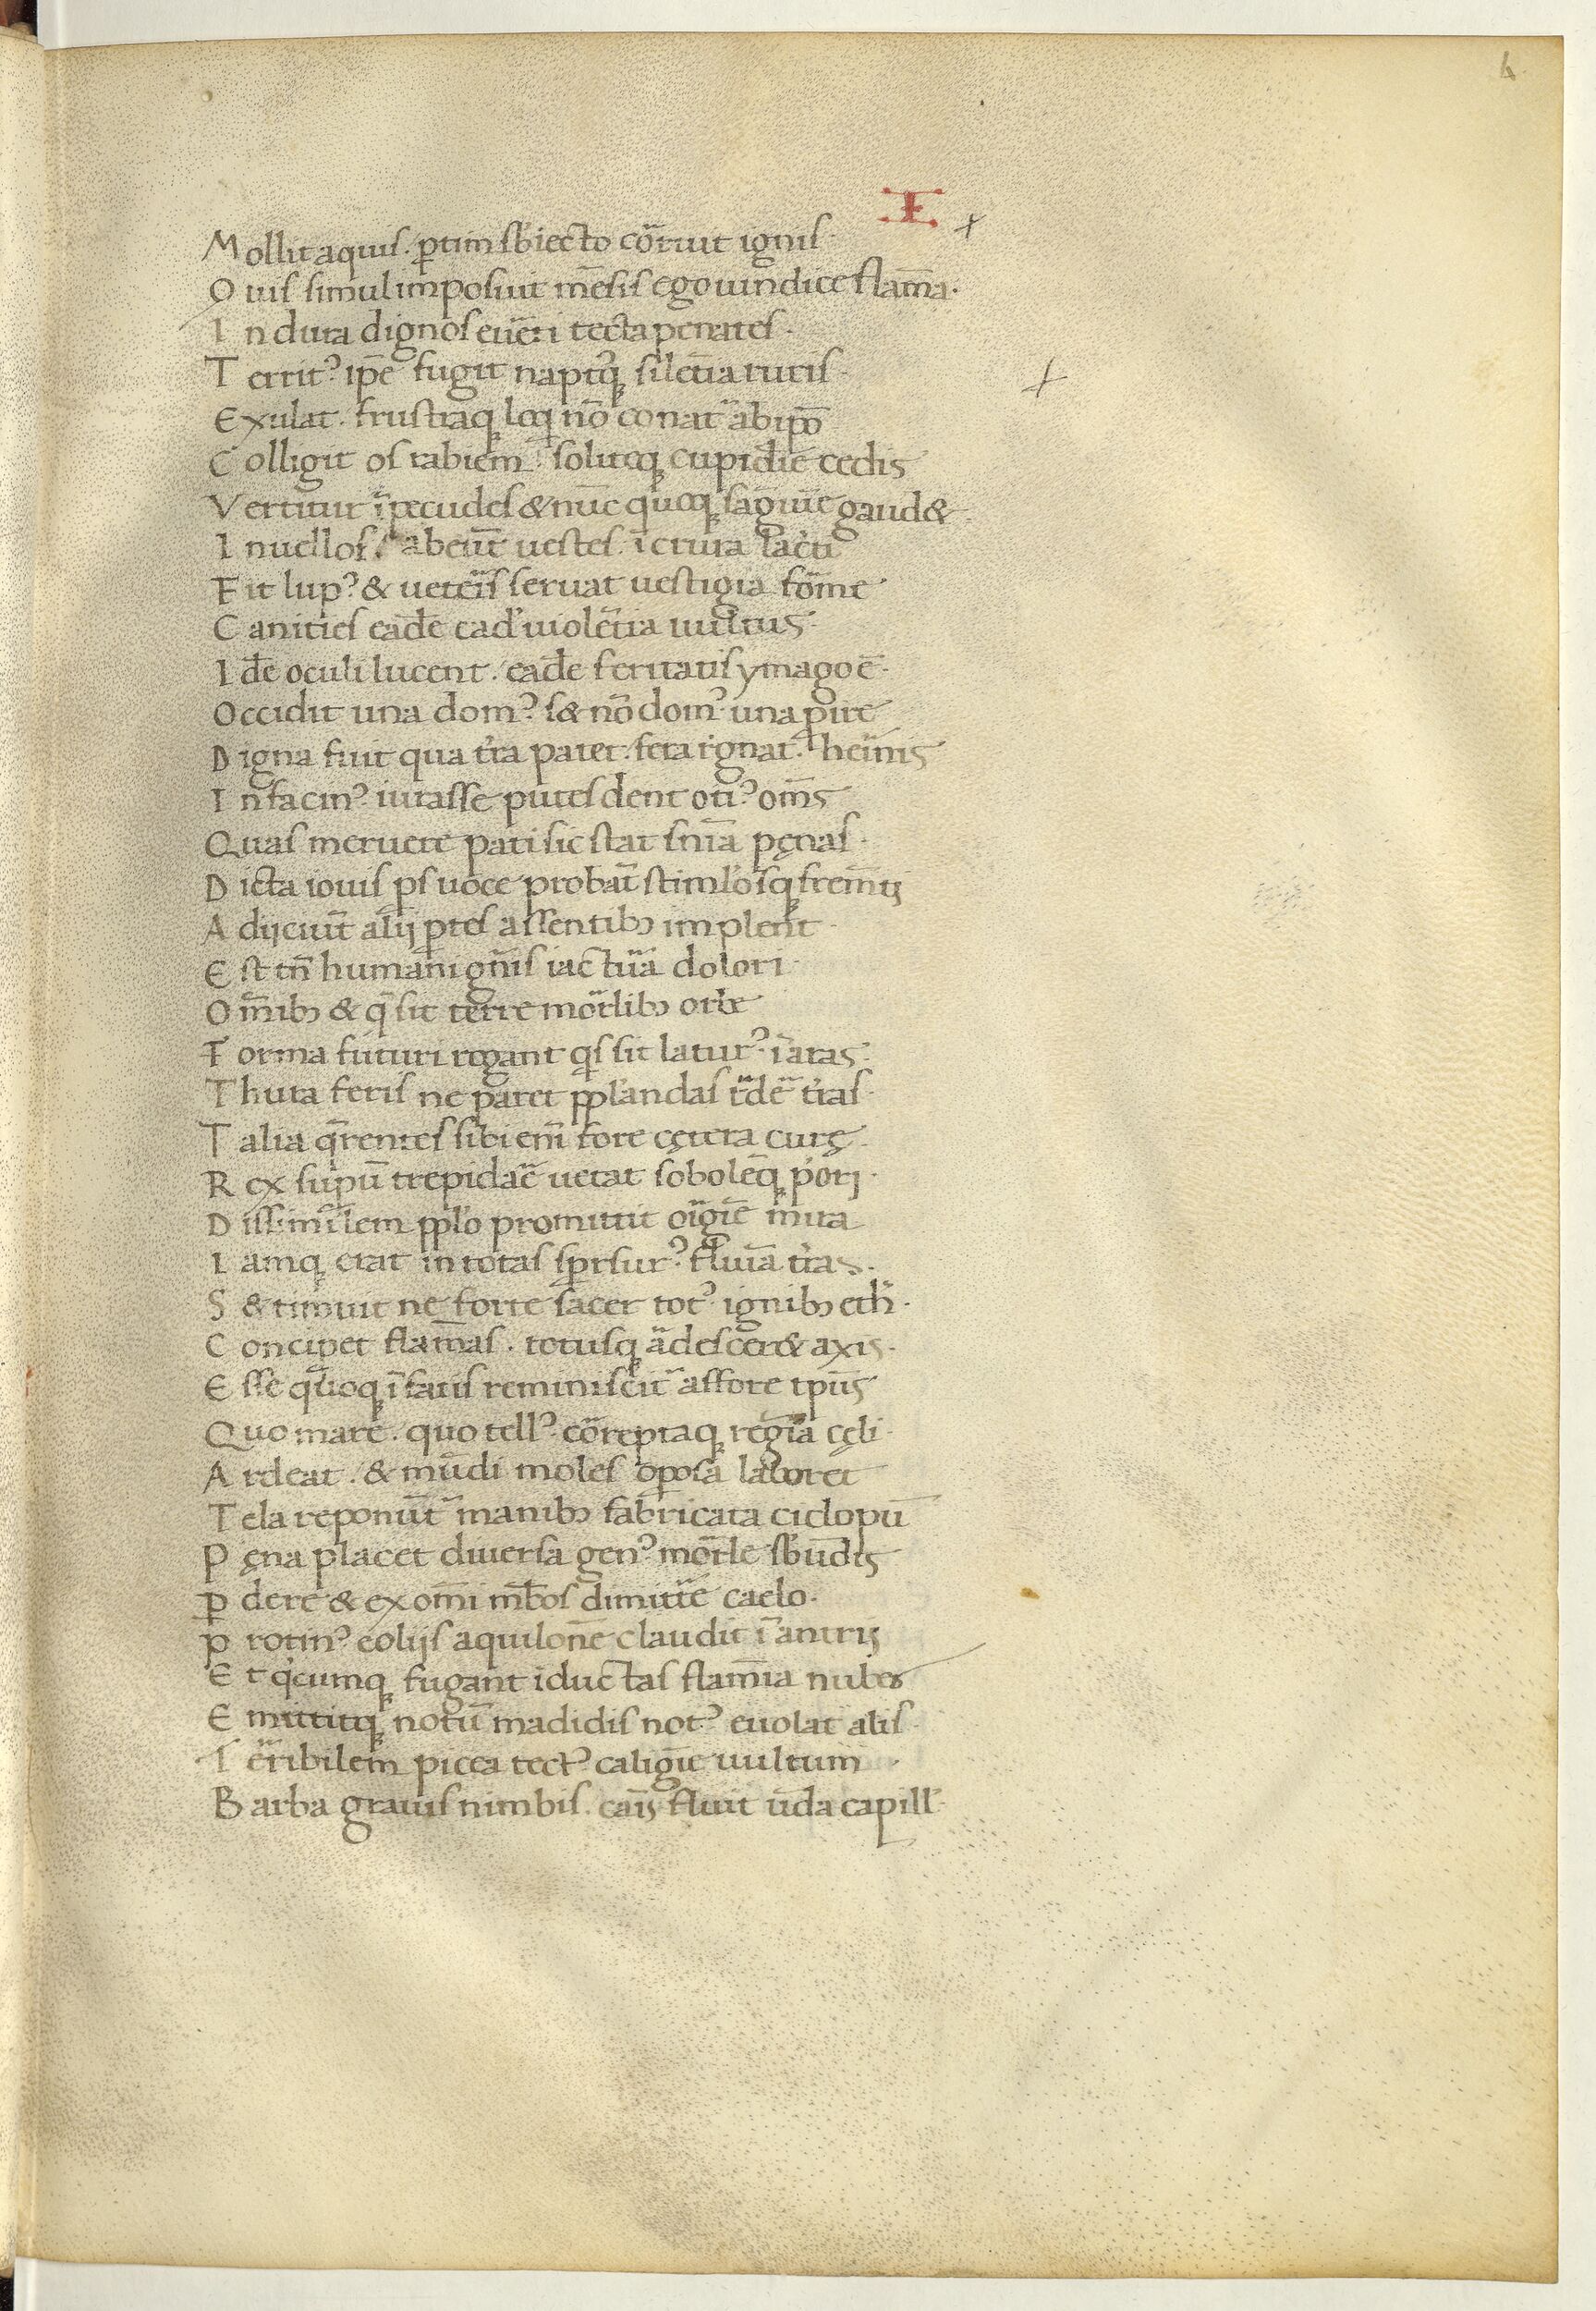
Shelfmark: Paris, BnF, Arsenal ms. 1046
Century: 15